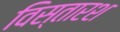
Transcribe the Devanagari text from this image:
विस्तारश